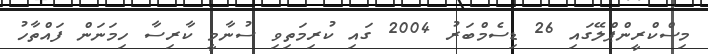
މިސްކްރީންޕްލޭގައި 26 ޑިސެމްބަރު 2004 ގައި ކުރިމަތިވި ސުނާމީ ކާރިސާ ހިމަނަން ފައްތާހު